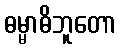
ဓမ္မာဓိဘူတော